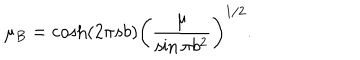
\mu _ { B } = \cosh ( 2 \pi s b ) \left( \frac { \mu } { \sin \pi b ^ { 2 } } \right) ^ { 1 / 2 } .